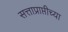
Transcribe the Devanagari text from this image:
सत्ताप्राप्तीच्या